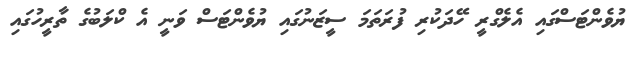
ޔުވެންޓަސްގައި އެލެގްރީ ހޭދަކުރި ފުރަތަމަ ސީޒަނުގައި ޔުވެންޓަސް ވަނީ އެ ކްލަބުގެ ތާރީހުގައި